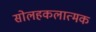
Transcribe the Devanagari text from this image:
सोलहकलात्मक